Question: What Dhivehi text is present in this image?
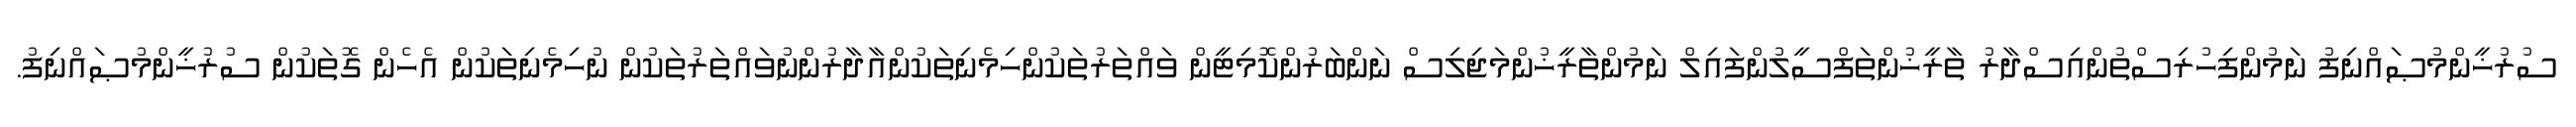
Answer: ސުރުޚީންމުޞައްނިފު ނަމުންފިހުރިސްތުންއިސްދާރު ތާރީޚުންތަފްސީލުންފައިލް ނަމުންތާރީޚުންމަޖިލިސް ނަންބަރުންކޮމިޓީން ވައްތަރުތަކުންހިމެނިތަކުންއާދާރުންނުވައްތަރުތަކުން ނުހިމެނިތަކުން އެހެން ގޮތަކުން ސުރުޚީންމުޞައްނިފު.